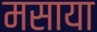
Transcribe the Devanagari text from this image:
मसाया